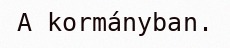
A kormányban.